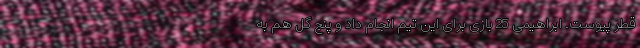
قطر پیوست. ابراهیمی 25 بازی برای این تیم انجام داد و پنج گل هم به